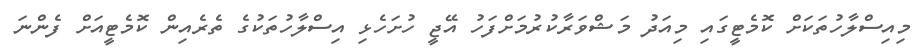
މިއިސްލާހުތަކަށް ކޮމެޓީގައި މިއަދު މަޝްވަރާކުރުމަށްފަހު އޭޖީ ހުށަހެޅި އިސްލާހުތަކުގެ ތެރެއިން ކޮމެޓީއަށް ފެންނަ